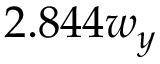
2 . 8 4 4 w _ { y }